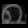
Digit: ၈